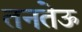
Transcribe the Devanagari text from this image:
तनतेऊँ